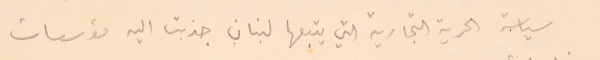
سياسة الحرية التجارية التي يتبعها لبنان جذبت اليه مؤسسات